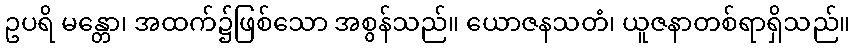
ဥပရိ မန္တော၊ အထက်၌ဖြစ်သော အစွန်သည်။ ယောဇနသတံ၊ ယူဇနာတစ်ရာရှိသည်။